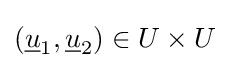
({\underline {u}}_{1},{\underline {u}}_{2})\in U\times U